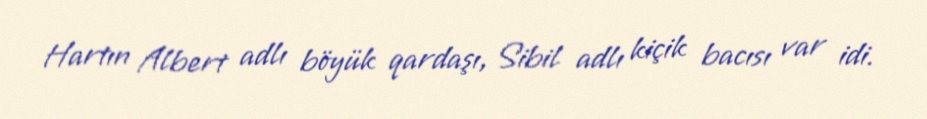
Hartın Albert adlı böyük qardaşı, Sibil adlı kiçik bacısı var idi.